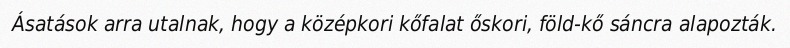
Ásatások arra utalnak, hogy a középkori kőfalat őskori, föld-kő sáncra alapozták.